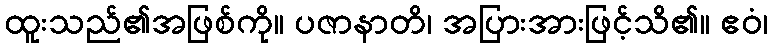
ထူးသည်၏အဖြစ်ကို။ ပဇာနာတိ၊ အပြားအားဖြင့်သိ၏။ ဧဝံ၊